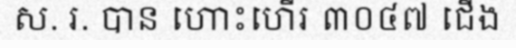
ស. រ. បាន ហោះហើរ ៣០៤៧ ជើង